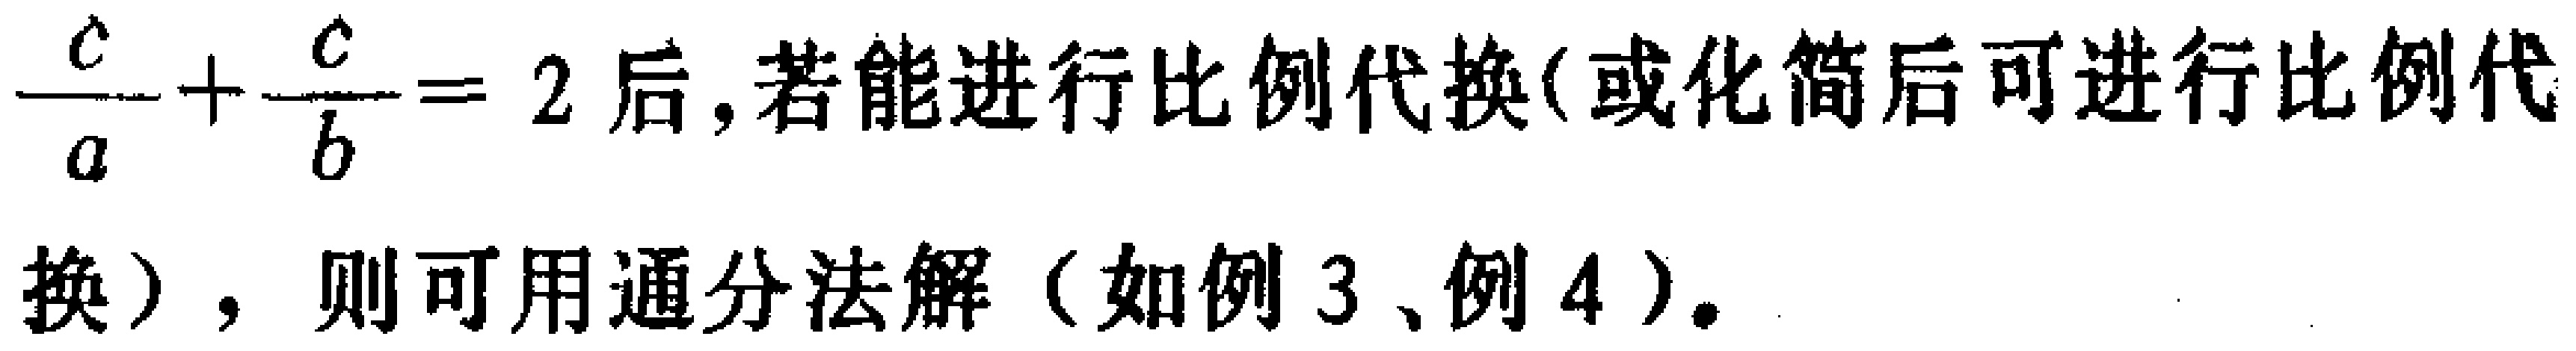
$\frac{c}{a}+\frac{c}{b}=2$后，若能进行比例代换(或化简后可进行比例代换)，则可用通分法解（如例3、例4）。